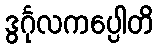
ဒွင်္ဂုလကပ္ပေါတိ